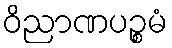
ဝိညာဏပဉ္စမံ